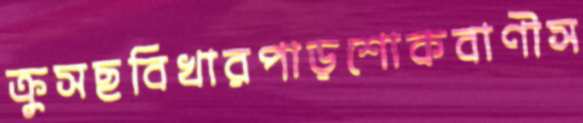
ক্রুসছবিখারপাড়শোকবাণীস